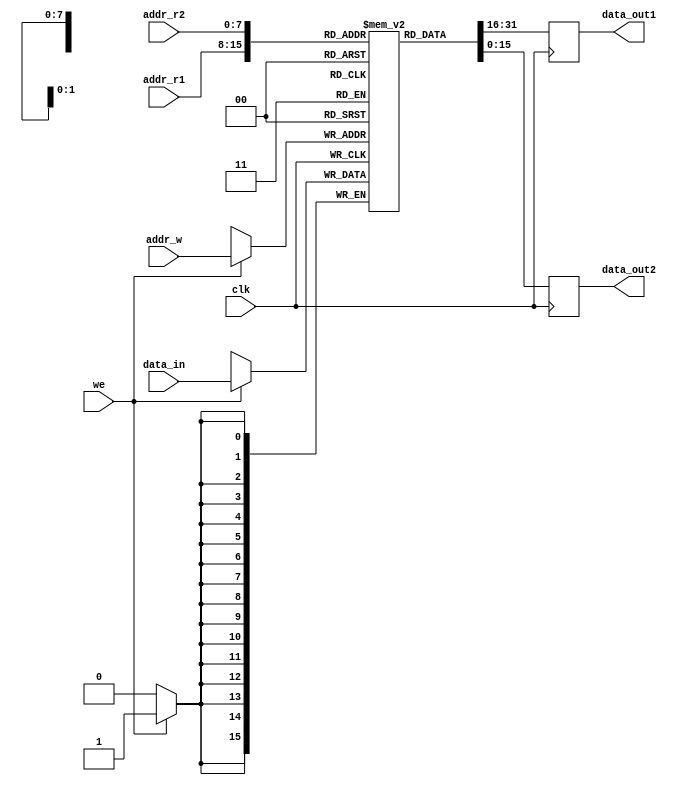
module dual_port_register_file (
    input wire clk,
    input wire [ADDR_WIDTH-1:0] addr_r1,
    input wire [ADDR_WIDTH-1:0] addr_r2,
    input wire [ADDR_WIDTH-1:0] addr_w,
    input wire [DATA_WIDTH-1:0] data_in,
    input wire we,
    output reg [DATA_WIDTH-1:0] data_out1,
    output reg [DATA_WIDTH-1:0] data_out2
);

parameter ADDR_WIDTH = 8; // Address width for registers
parameter DATA_WIDTH = 16; // Data width for registers
parameter FILE_DEPTH = 256; // Number of registers in the file

reg [DATA_WIDTH-1:0] reg_file [0:FILE_DEPTH-1]; // Register file with individual addresses

always @(posedge clk) begin
    if (we) begin
        reg_file[addr_w] <= data_in; // Write operation
    end
    data_out1 <= reg_file[addr_r1]; // Read from first port
    data_out2 <= reg_file[addr_r2]; // Read from second port
end

endmodule